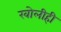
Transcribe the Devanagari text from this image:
खोलीही